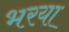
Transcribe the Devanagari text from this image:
भरया